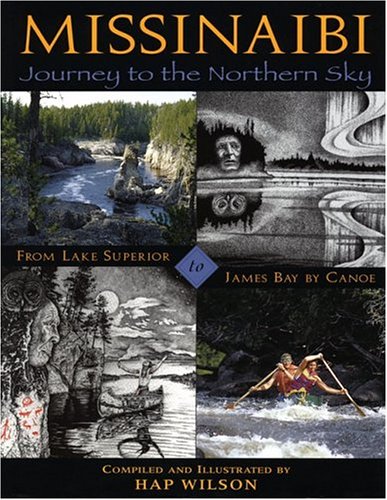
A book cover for Missinaibi: Journey to the Northern Sky: From Lake Superior to James Bay by Canoe; Hap Wilson; Sports & Outdoors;